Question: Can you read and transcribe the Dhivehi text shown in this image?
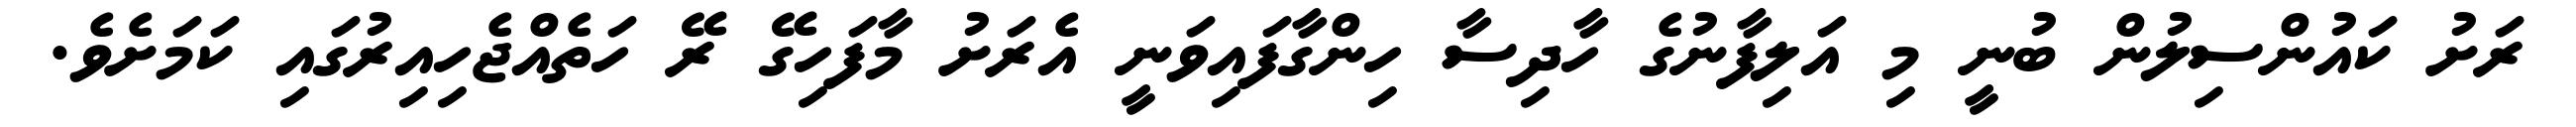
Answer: ރަށު ކައުންސިލުން ބުނީ މި އަލިފާނުގެ ހާދިސާ ހިންގާފައިވަނީ އެރަށު މާފަހިގޭ ރޭ ހަތެއްޖެހިއިރުގައި ކަމަށެވެ.